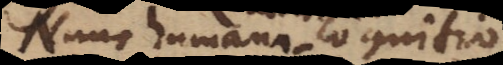
Nunc humana cognitio